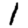
Digit: 1